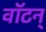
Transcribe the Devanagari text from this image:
वॉटन्